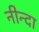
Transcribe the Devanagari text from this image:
नीन्दा